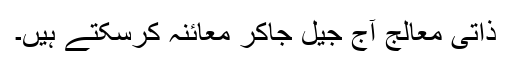
ذاتی معالج آج جیل جاکر معائنہ کرسکتے ہیں۔